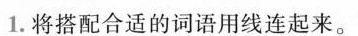
1.将搭配合适的词语用线连起来。